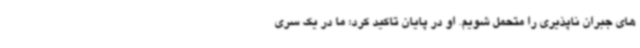
های جبران ناپذیری را متحمل شویم. او در پایان تاکید کرد: ما در یک سری